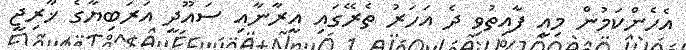
އެހެންކަމުން މިއީ ފާއިތުވި ދެ އަހަރު ތެރޭގައި އީރާނާއި ސައޫދީ އަރަބިޔާގެ ޚާރިޖީ